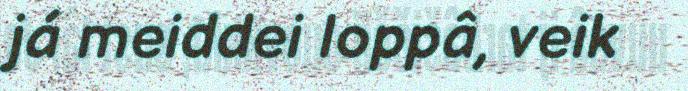
já meiddei loppâ, veik